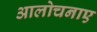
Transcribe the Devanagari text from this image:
आलोचनाए